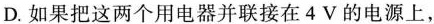
D.如果把这两个用电器并联接在4V的电源上，